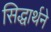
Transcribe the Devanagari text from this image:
सिद्धार्थने